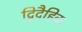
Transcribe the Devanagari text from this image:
द्विदैहिक